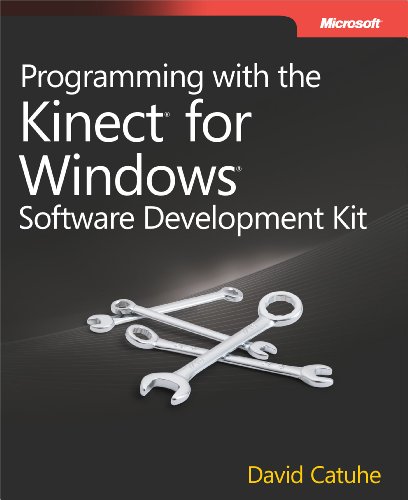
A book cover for Programming with the Kinect for Windows Software Development Kit (Developer Reference); David Catuhe; Computers & Technology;